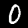
Digit: 0